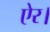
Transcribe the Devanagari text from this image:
ऐर।